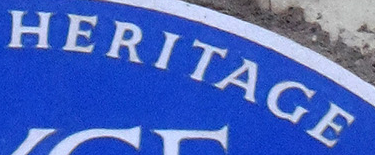
HERITAGE